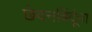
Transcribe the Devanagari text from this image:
छेदनबिंदूंना